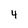
Character: 4